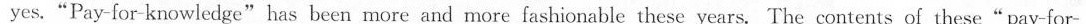
yes."Pay-for-knowledge" has been more and more fashionable these years. The contents of these"pay-for-